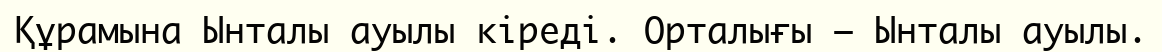
Құрамына Ынталы ауылы кіреді. Орталығы – Ынталы ауылы.